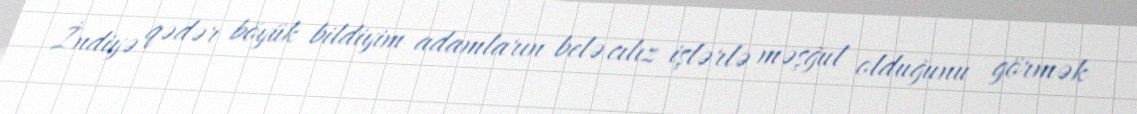
İndiyə qədər böyük bildiyim adamların belə cılız işlərlə məşğul olduğunu görmək